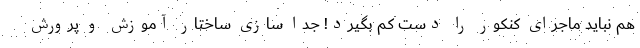
هم نباید ماجرای کنکور را دست کم بگیرد! جدا سازی ساختار آموزش و پرورش